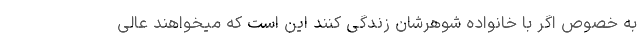
به خصوص اگر با خانواده شوهرشان زندگی کنند این است که میخواهند عالی